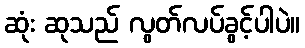
ဆုံး ဆုသည် လွတ်လပ်ခွင့်ပါပဲ။